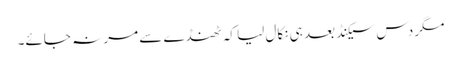
مگر دس سیکنڈ بعد ہی نکال لیا کہ ٹھنڈے سے مر نہ جائے۔